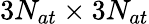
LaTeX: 3N_{at}\times 3N_{at}